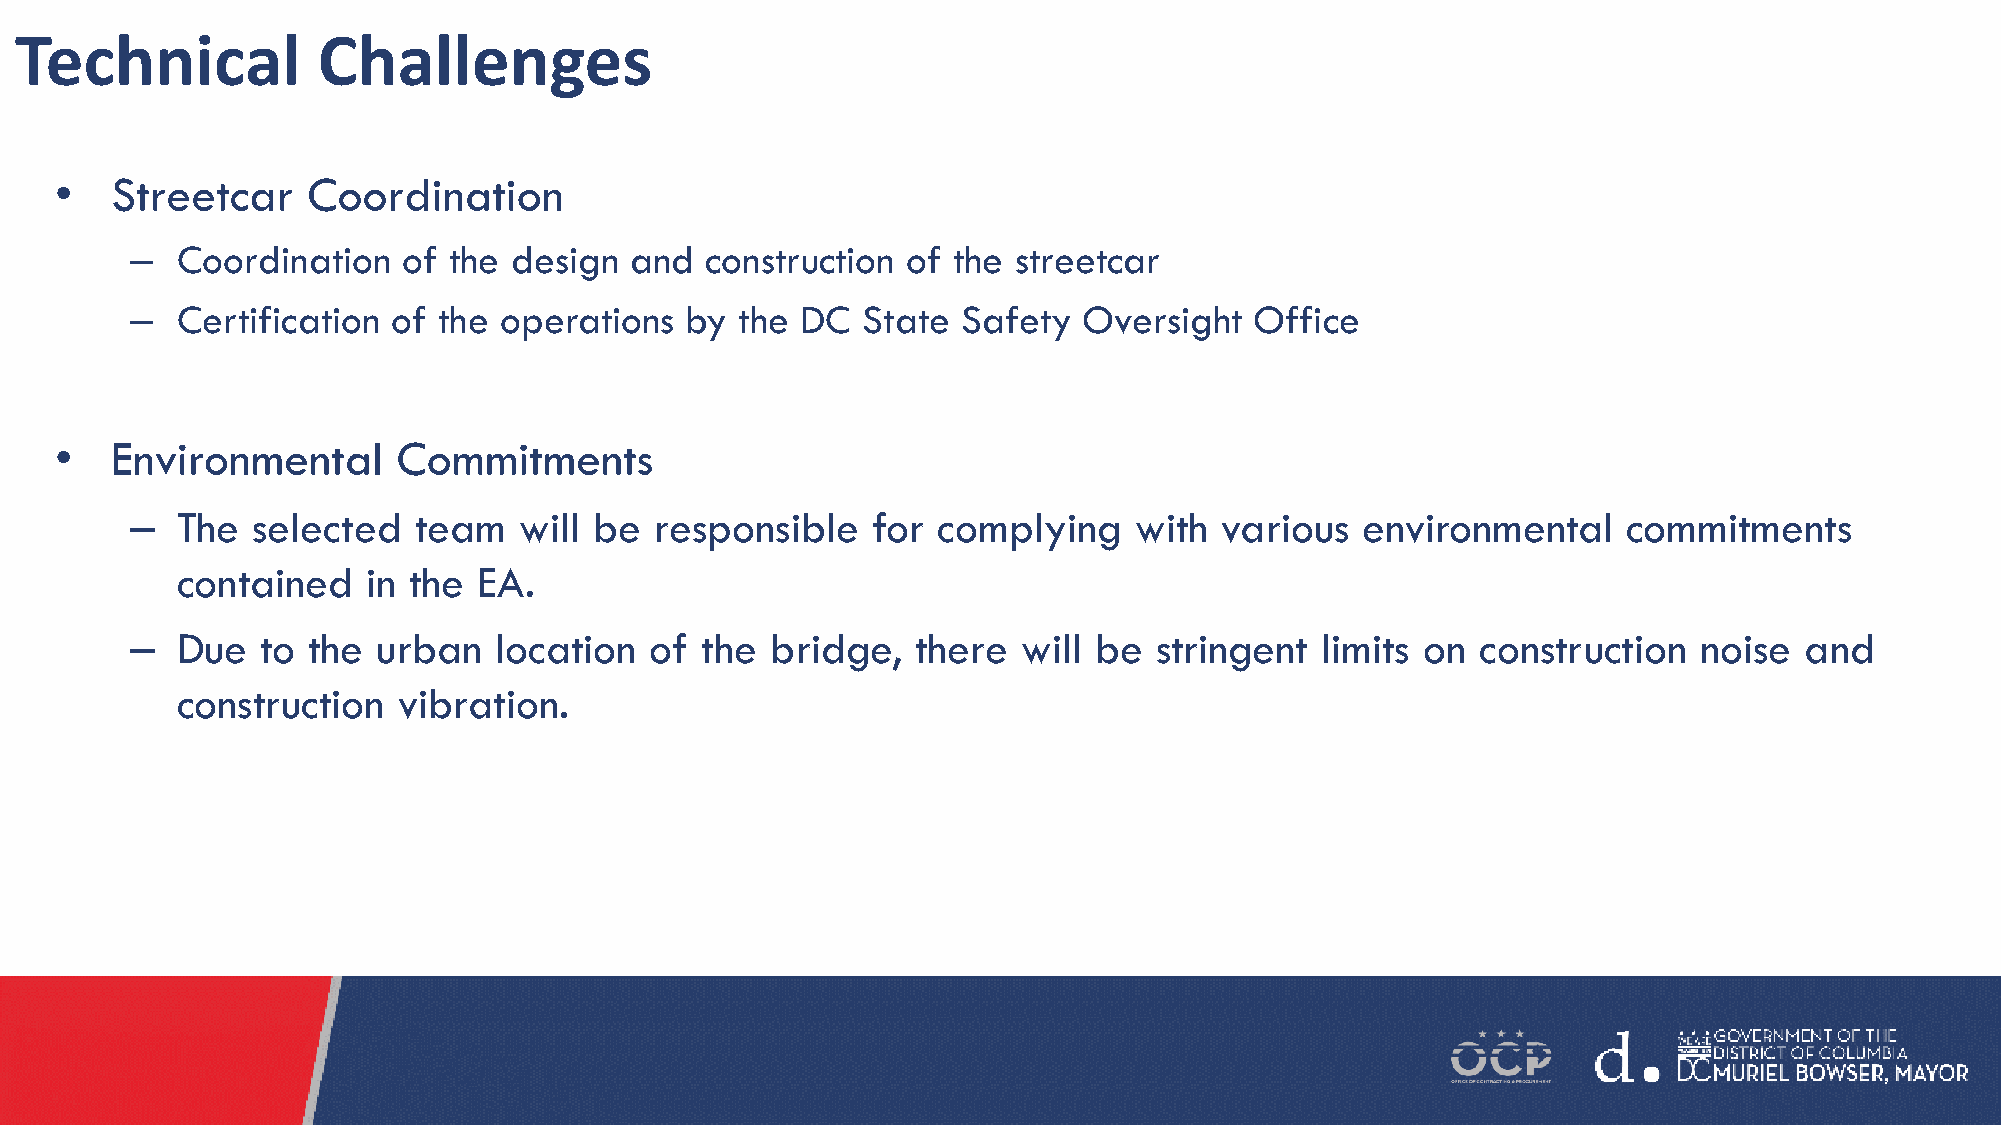
Technical           Challenges
 •  Streetcar    Coordination
 –  Coordination   of the design  and  construction of the streetcar
 –  Certification of the operations  by  the DC  State  Safety  Oversight  Office
 •  Environmental      Commitments
 –  The  selected  team   will be  responsible    for complying    with  various  environmental     commitments
 contained   in the  EA.
 –  Due  to the  urban   location  of the  bridge,   there  will be stringent  limits on  construction  noise  and
 construction  vibration.